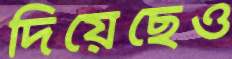
দিয়েছেও